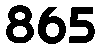
865